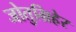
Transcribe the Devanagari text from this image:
जोतुग्रिहेर